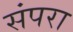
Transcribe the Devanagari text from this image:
संपरा